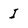
Character: I